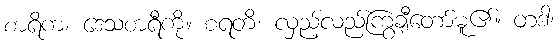
စာရိကံ၊ ဒေသစာရီကို။ စရတိ၊ လှည့်လည်ကြွချီတော်မူ၏။ တဒါ၊